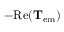
- \mathrm { R e } ( \mathbf { T } _ { \mathrm { e m } } )